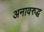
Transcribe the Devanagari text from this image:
अनावरुद्ध